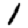
Digit: 1